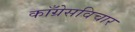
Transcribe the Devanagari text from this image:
काँग्रेसविचार